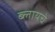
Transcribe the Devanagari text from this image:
ब्लायचे